Leprosy in India: report of the Leprosy Commission in India, 1890-91
Year: 1890
Disease focus: Leprosy
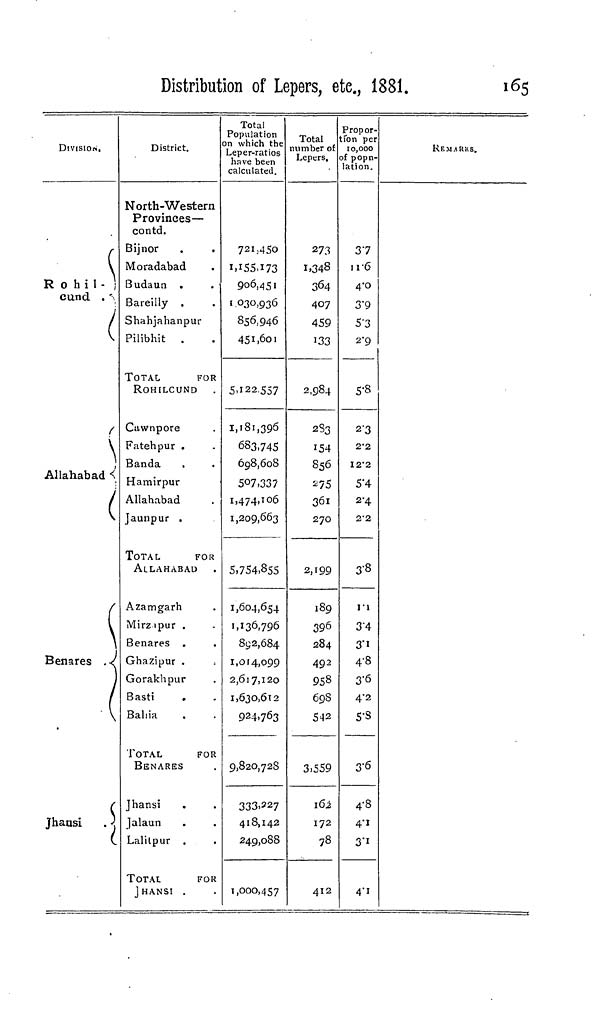
Distribution of Lepers, etc, 1381.
165
DIVISION,
r
\
R 0 h i 1 - ]
cund . \
(
\
t
\
\
Allahabad <
(
(
\
\
Benares ./
1
j
1
c
jhausi .).
I
District.
North-Western
Provinces—
contd.
Bijnor
Moradabad
Budaun .
.
Bareilly .
Shahjahanpur
Pilibhit .
TOTAL
FOR
ROHILCUND
Cawnpore
Fatehpur .
Banda
Hamirpur
Allahabad
Jaunpur .
TOTAL
FOR
ALLAHABAD
Azamgarh
Mirzipur .
Benares .
Ghazipur .
Gorakhpur
Basti
Baliia
TOTAL
FOR
BENARES
Jhansi
jalaun
Lalitpur
TOTAL
FOR
JHANSI .
Total
Population
n which the
Leper-ratios
have been
calculated.
721.450
1.155.173
906,451
« O 3O,936
856,946
451,601
5.122.557
1,181,396
683,745
698,608
507,337
1,474,106
1,209,663
5,754,855
1,604,654
1,136,796
892,684
1,014,099
2,617,120
1,630,6x2
9 2 4.763
9,820,728
333.227
418,142
249,088
1,000,457
Total
number of
Lepers,
273
1,348
364
407
459
133
2,984
2S3
154
856
75
361
270
2,199
189
392
84
492
958
69S
542
3.559
162
172
78
412
Propor-
fon per
10,000
of popn-
lation.
37
n-6
4-0
3'9
5"3
2-9
5-8
23
2'2
I2'2
5'4
2"4
2'2
3-8
11
3'4
3" 1
4-8
3-6
4-2
5-S
3-6
4-8
4*1
3'i
4"i
REMARKS.